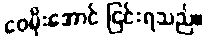
ဝေမိုးအောင် ငြင်းရသည်။